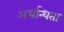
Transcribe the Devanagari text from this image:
अर्धान्धता